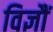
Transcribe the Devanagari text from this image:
विज्ञौं